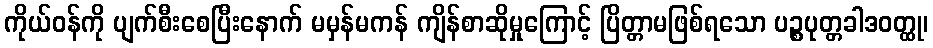
ကိုယ်ဝန်ကို ပျက်စီးစေပြီးနောက် မမှန်မကန် ကျိန်စာဆိုမှုကြောင့် ပြိတ္တာမဖြစ်ရသော ပဉ္စပုတ္တခါဒဝတ္ထု၊